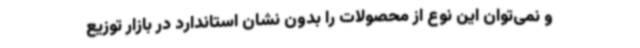
و نمی‌توان این نوع از محصولات را بدون نشان استاندارد در بازار توزیع